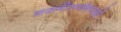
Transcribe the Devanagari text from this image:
नवनीतार्थनाप्रह्वो